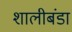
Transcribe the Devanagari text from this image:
शालीबंडा